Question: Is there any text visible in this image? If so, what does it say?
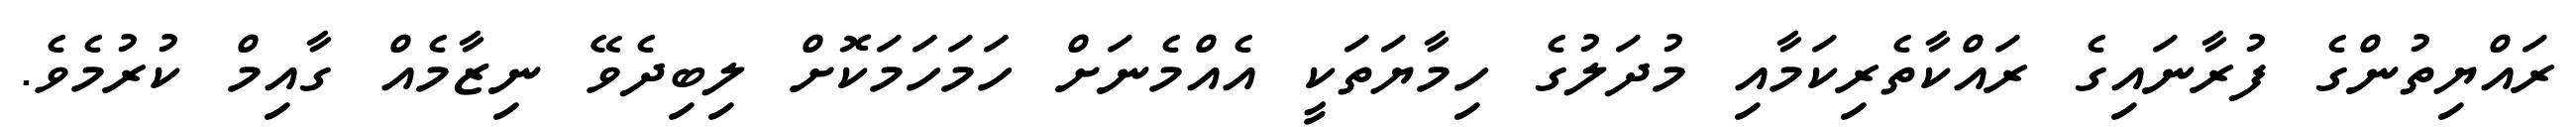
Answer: ރައްޔިތުންގެ ފުރާނައިގެ ރައްކާތެރިކަމާއި މުދަލުގެ ހިމާޔަތަކީ އެއްމެނަށް ހަމަހަމަކޮށް ލިބިދެވޭ ނިޒާމެއް ގާއިމް ކުރުމެވެ.